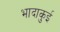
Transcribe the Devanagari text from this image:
भादाकुई